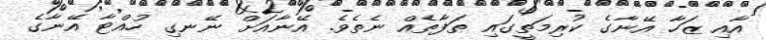
އާއި ޒަހާ އޭނާގެ ކުރިމަތީގައި ތަފާތެއް ނެތެވެ. އޭނާއަށް ނޭނގި ހުއްޓާ އޭނާގެ